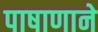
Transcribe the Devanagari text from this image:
पाषाणाने